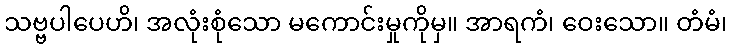
သဗ္ဗပါပေဟိ၊ အလုံးစုံသော မကောင်းမှုကိုမှ။ အာရကံ၊ ဝေးသော။ တံမံ၊